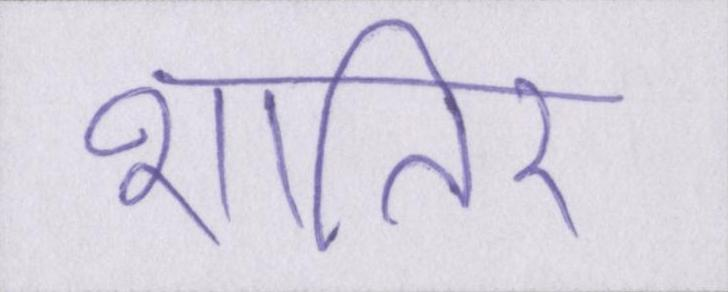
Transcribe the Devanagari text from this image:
शातिर